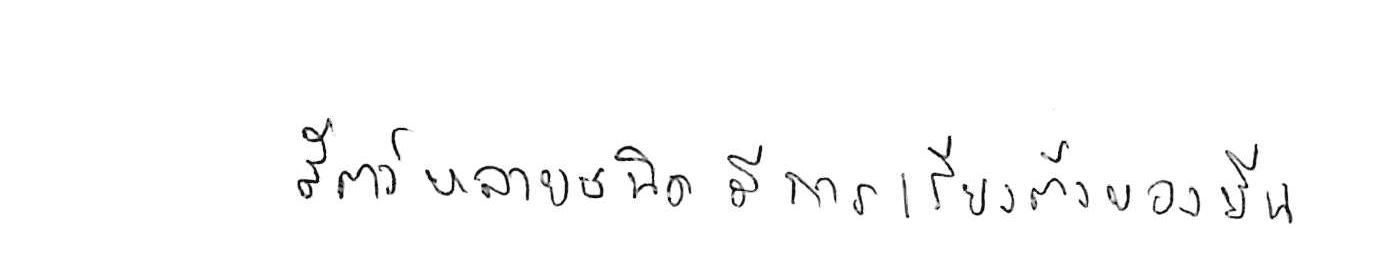
สัตว์หลายชนิดมีการเรียงตัวของยีน